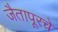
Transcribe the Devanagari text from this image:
जैतापूरचे